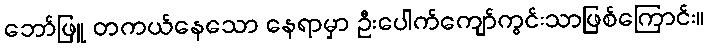
ဘော်ဖြူ တကယ်နေသော နေရာမှာ ဦးပေါက်ကျော်ကွင်းသာဖြစ်ကြောင်း။